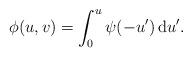
LaTeX: \begin{align*} \phi(u, v) = \int_0^u \psi(-u') \,\mathrm{d}u'. \end{align*}